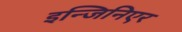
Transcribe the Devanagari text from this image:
इन्जिनिएर